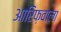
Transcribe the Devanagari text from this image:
आरिफ़वाला